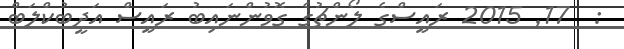
:  17